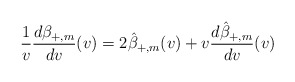
\begin{align*} \frac{1}{v}\frac{d\beta_{+,m}}{dv}(v)=2\hat{\beta}_{+,m}(v)+v\frac{d\hat{\beta}_{+,m}}{dv}(v)\end{align*}